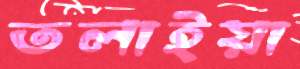
তলাইয়া